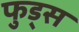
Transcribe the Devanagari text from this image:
फुड्स